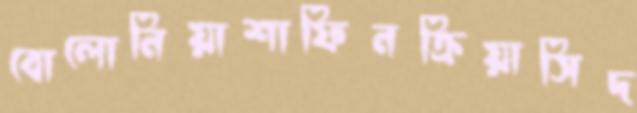
বোলোনিয়াশাফিনক্রিয়াসিদ